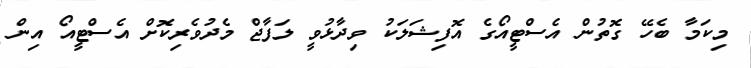
މިކަމާ ބެހޭ ގޮތުން އެސްޓީއޯގެ އޮފިޝަލަކު ވިދާޅުވީ ލަފާޖް މެދުވެރިކޮށް އެސްޓީއޯ އިން